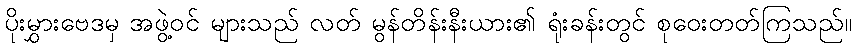
ပိုးမွှားဗေဒမှ အဖွဲ့ဝင် များသည် လတ် မွန်တိန်းနီးယား၏ ရုံးခန်းတွင် စုဝေးတတ်ကြသည်။